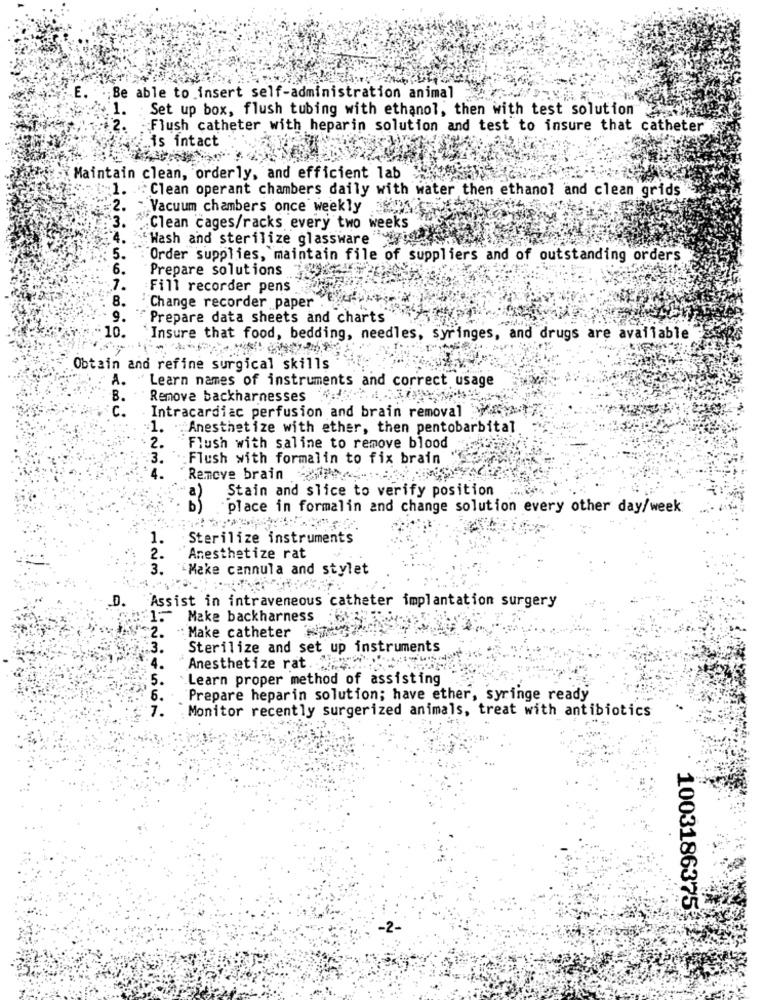
;Be able to insert self-administration animal
Set up box, flush tubing with ethanol, then with test solution
Flush catheter with heparin solution and test to insure that catheter
is intact
Maintain clean, orderly, and efficient lab
:"1. Clean operant chambers daily with water then ethanol and clean grids
:2.
Vacuum chambers once weekly sin
3.
Clean cages/racks every two weeks
.4.
"Wash and sterilize glassware"
5.
Order supplies, maintain file of suppliers and of outstanding orders
-6.
Prepare solutions
7.
:Fill recorder pens
8.
*
'Change recorder paper
9.
"Prepare data sheets and charts"
"10. "Insure that food, bedding, needles, syringes, and drugs are available
Obtain and refine surgical skills
A.
Learn names of instruments and correct usage
B.
Remove backharnesses
c.
Intracardiac perfusion and brain removal
1.
"Anesthetize with ether, then pentobarbital
2.
Flush with saline to remove blood
Flush with formalin to fix brain
1234
Remove brain -77
Stain and slice to verify position
place in formalin and change solution every other day/week
Sterilize instruments
2.
Anesthetize rat
3.
Make cannula and stylet
D.
Assist in intraveneous catheter implantation surgery
1-
Make backharness
"Make catheter
Sterilize and set up instruments
Anesthetize rat ..
Learn proper method of assisting
Prepare heparin solution; have ether, syringe ready
Monitor recently surgerized animals, treat with antibiotics
1003186375